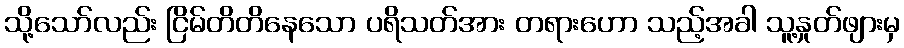
သို့သော်လည်း ငြိမ်တိတိနေသော ပရိသတ်အား တရားဟော သည့်အခါ သူ့နှုတ်ဖျားမှ